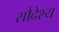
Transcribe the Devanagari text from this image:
सौदेश्य